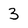
Character: 3